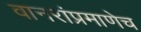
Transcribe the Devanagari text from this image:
वानरांप्रमाणेच